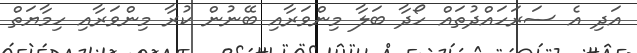
އަދި އެ ސަރަހައްދުތައް ހޯދާ ބަލާ މިންވަރާއި ބޭނުން ކުރާ މިންވަރާއި ހިމާޔަތް